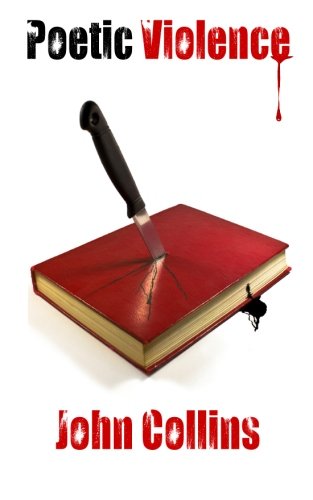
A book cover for Poetic Violence; John Collins; Gay & Lesbian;